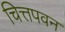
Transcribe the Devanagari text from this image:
चित्तपवन